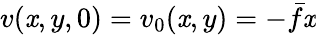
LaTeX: v(\mathit{x},y,0)=v_{0}(\mathit{x},y)=-\bar{{f}}\mathit{x}